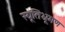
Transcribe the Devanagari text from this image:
स्यूतिभ्रूमण